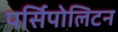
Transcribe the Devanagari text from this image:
पर्सिपोलिटन